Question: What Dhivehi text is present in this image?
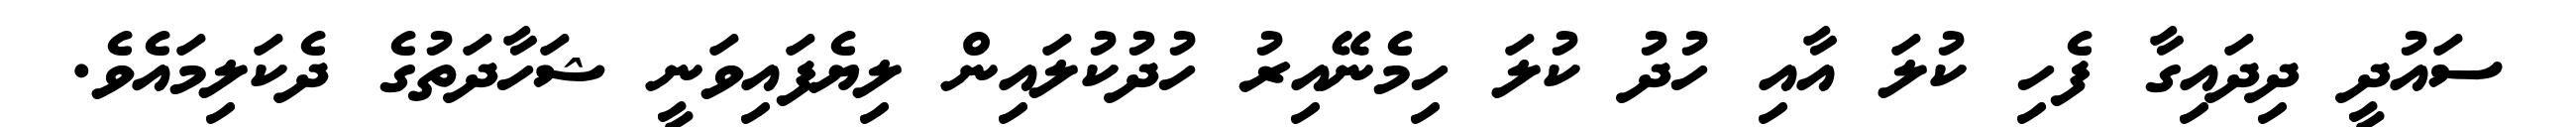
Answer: ސައުދީ ދިދައިގާ ފެހި ކުލަ އާއި ހުދު ކުލަ ހިމެނޭއިރު ހުދުކުލައިން ލިޔެފައިވަނީ ޝަހާދަތުގެ ދެކަލިމައެވެ.